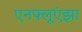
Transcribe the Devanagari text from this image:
एनफ्लूएंझा